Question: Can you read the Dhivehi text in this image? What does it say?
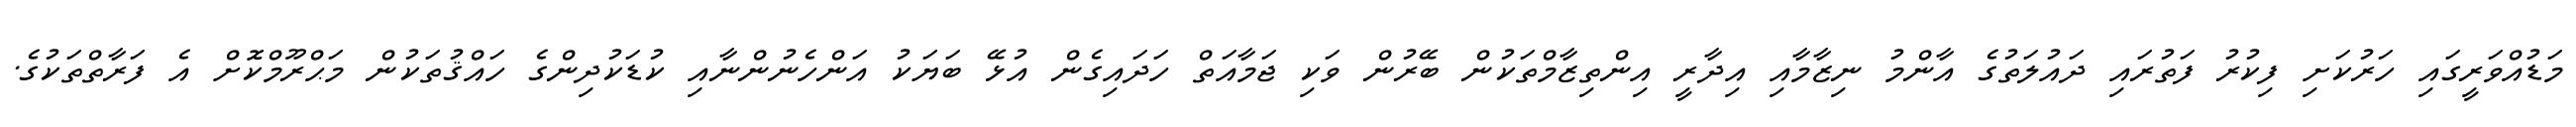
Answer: މަޑުއްވަރީގައި ހަރުކަށި ފިކުރު ފަތުރައި ދައުލަތުގެ އާންމު ނިޒާމާއި އިދާރީ އިންތިޒާމްތަކުން ބޭރުން ވަކި ޖަމާއަތް ހަދައިގެން އުޅޭ ބަޔަކު އަންހެނުންނާއި ކުޑަކުދިންގެ ހައްޤުތަކުން މަޙްރޫމްކޮށް އެ ފަރާތްތަކުގެ.